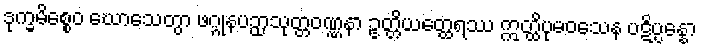
ဒုက္ခမိစ္စေဝ ဃောသေတွာ ဖဂ္ဂုနပဉှာသုတ္တဝဏ္ဏနာ ဥတ္တိယတ္ထေရဿ ဣတ္ထိပုမဝသေန ပဋိပ္ပန္နော